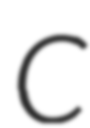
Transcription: C